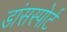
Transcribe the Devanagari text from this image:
डांसस्पोर्ट